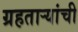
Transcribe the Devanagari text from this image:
ग्रहताऱ्यांची